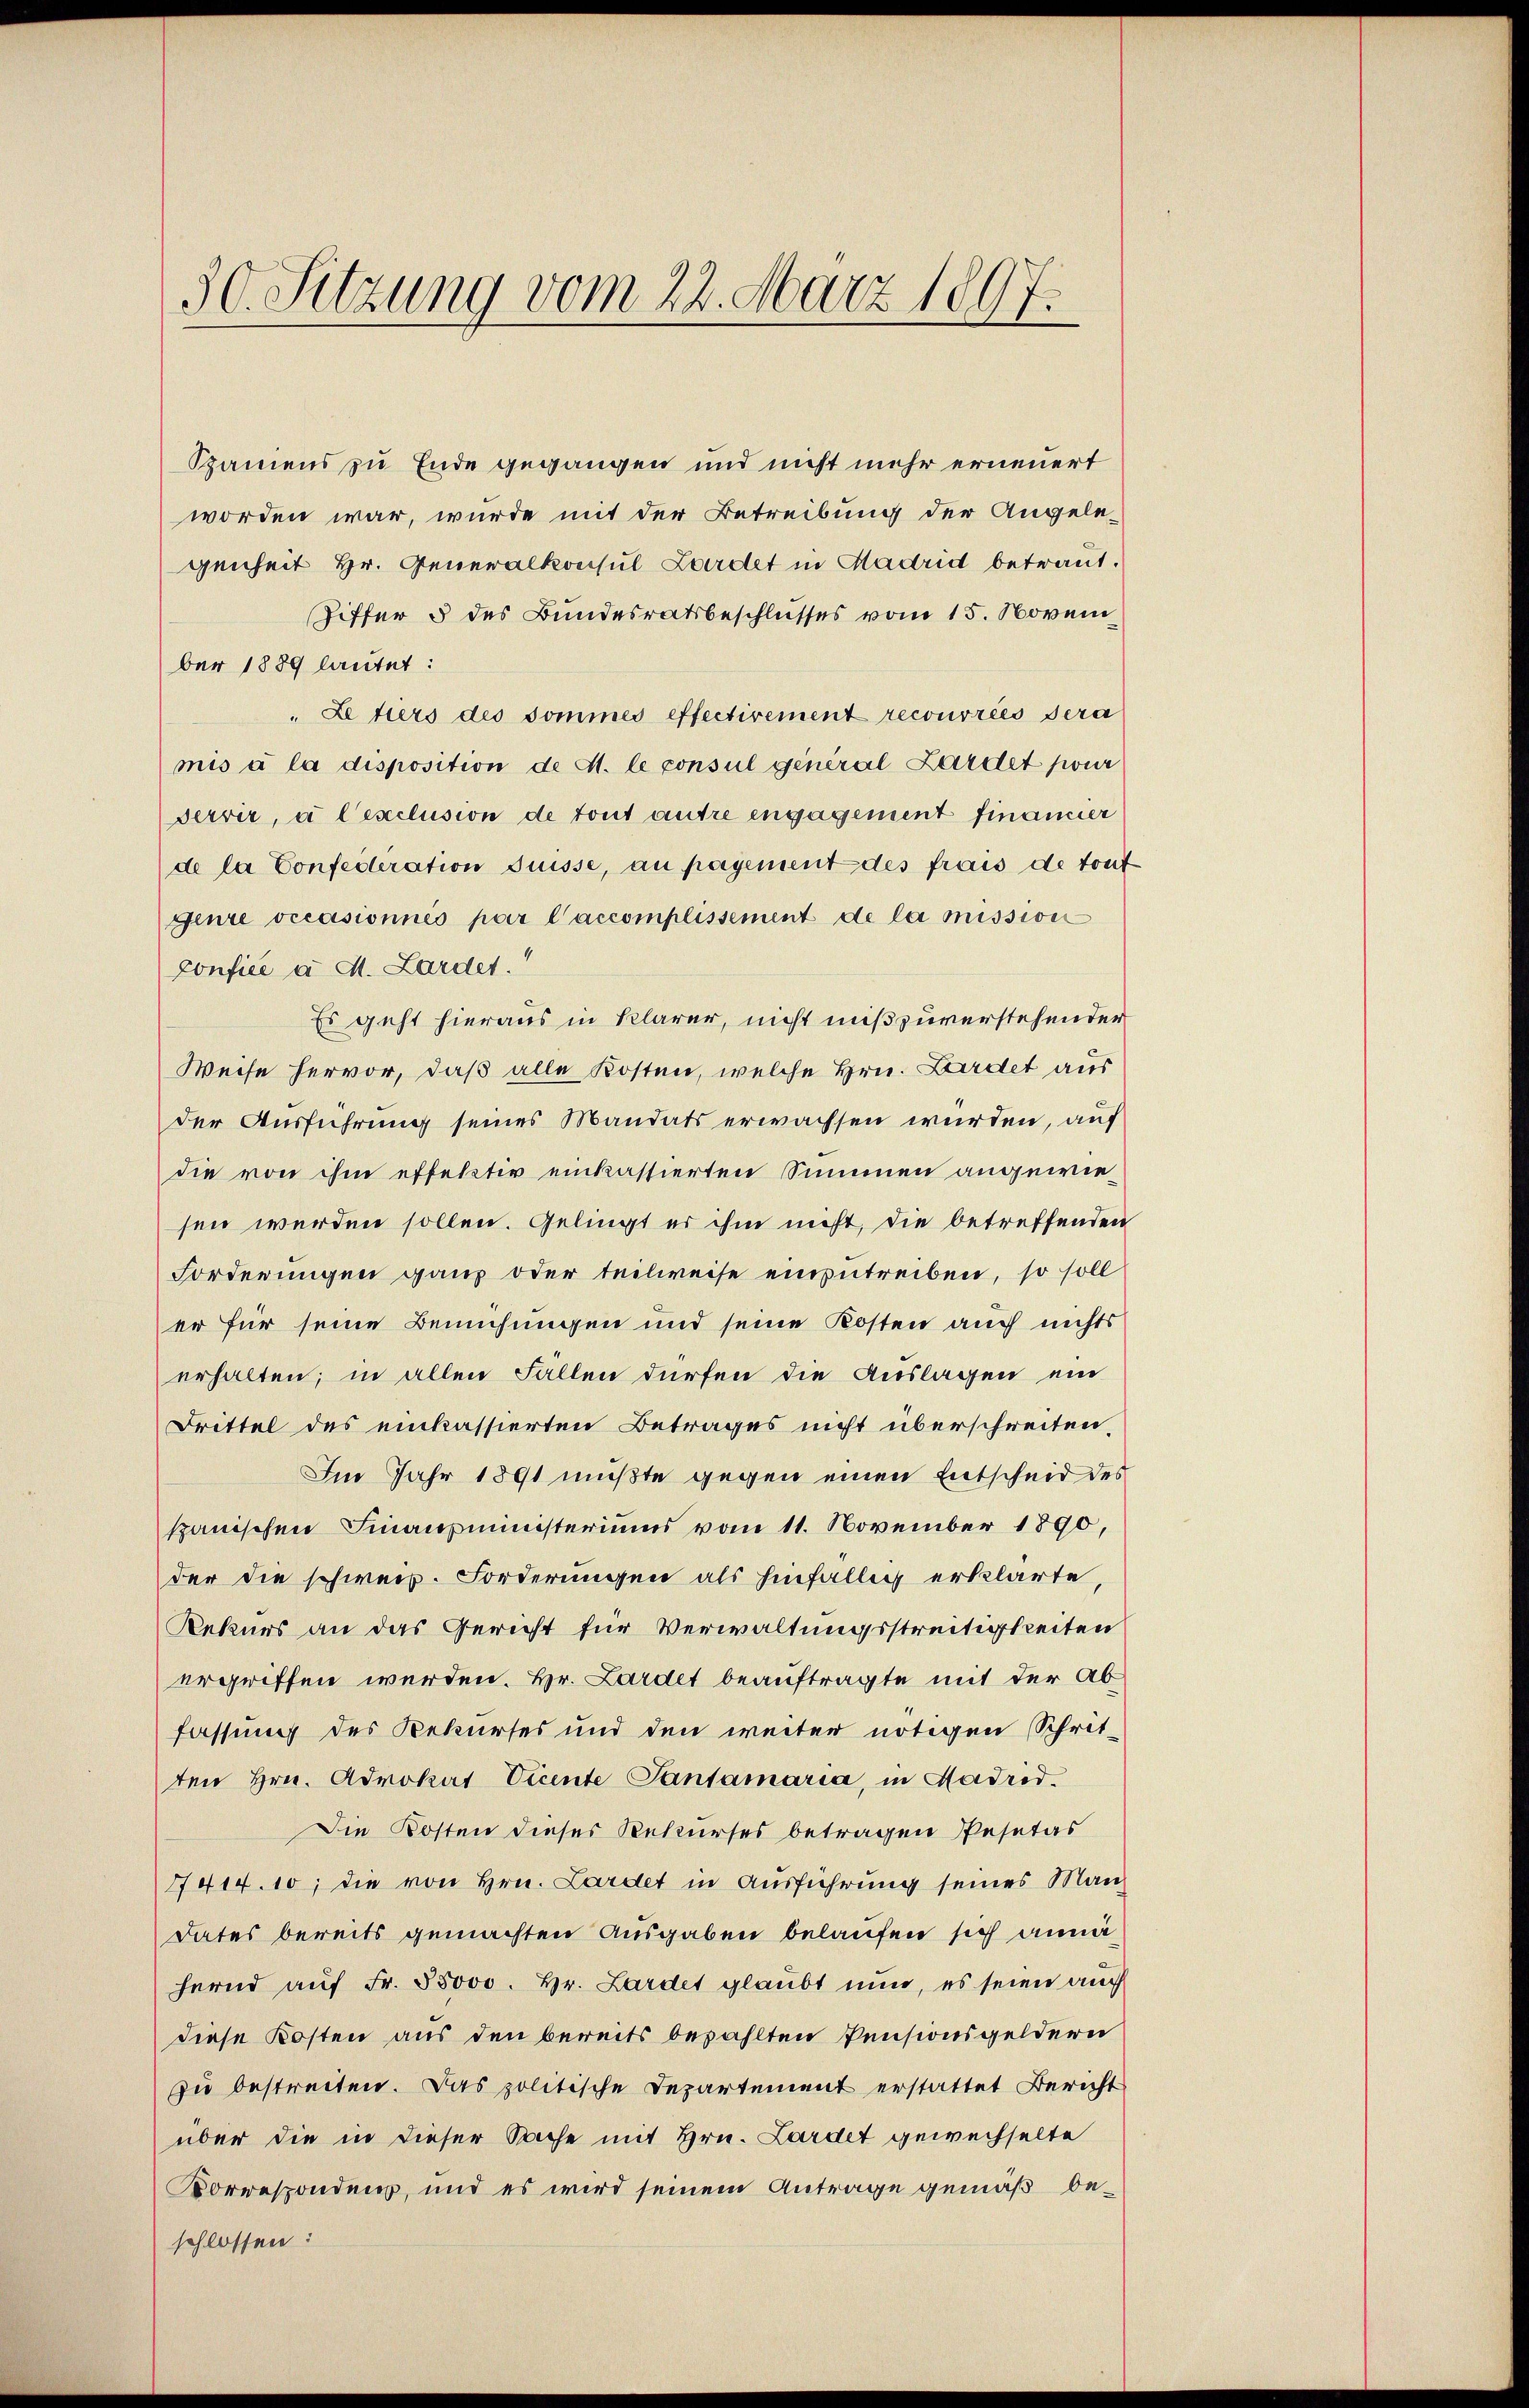
30. Sitzung vom 22. März 1897.

Spaniens zu Ende gegangen und nicht mehr erneuert
worden war, wurde mit der Betreibung der Angele-
genheit Hr. Generalkonsul Zardet in Hadrid betraut.
Piffer 5 des Bundesratsbeschlusses vom 15. Novem
ber 1889 lautet:
Ze tiers des Sommes effectivement recouvrées sera
mis à la disposition de M. le consul general Zardet pour
servir, à l’exclusion de tout autre engagement financier
de la Confederation desse, au payement des frais de tout
genre occasionnés par l’accomplissement de la mission
Confice a M. Lardet.
Es geht hieraus in klarer, nicht mißzuverstehender
Weise hervor, daß alle Kosten, welche Hrn. Kardet aus
der Ausführung seines Mandats erwachsen wurden, auf
die von ihm effelstiv einkassierten Summen angewiesen werden sollen. Gelingt er ihm nicht, die betreffenden
Forderungen ganz oder teilweise einzutreiben, so soll
er für seine Bemühungen und seine Kosten auch nichts
erhalten; in allen Fällen dürfen die Auslagen ein
Drittel des einkassierten Betrages nicht überschreiten,
Im Jahr 1891 müßte gegen einen Entscheid des
spanischen Finanzministeriums vom 11. November 1890,
der die schweiz. Forderungen als hinfällig erklärte,
Rekurs an das Gericht für Verwaltungsstreitigkeiten
ergriffen werden. Hr. Lardet beauftragte mit der Abfassung des Rekurses und den weiter nötigen Schrit-
ten Hrn. Advokat Vicente Pantamaria, in Madrid.
Die Kosten dieses Rekurses betragen Pesetas
7414.10; die von Hrn. Lardet in Ausführung seines Mandates bereits gemachten Ausgaben belaufen sich annähernd auf Fr. 55000. Hr. Lardet glaubt nun, es seien auch
diese Kosten aus den bereits bezahlten Pensionsgeldern
zu bestreiten. Das politische Departement erstattet Bericht
über die in dieser Sache mit Hrn. Lardet gewechselte
Korrespondenz, und es wird seinem Antrage gemäß beschlossen: